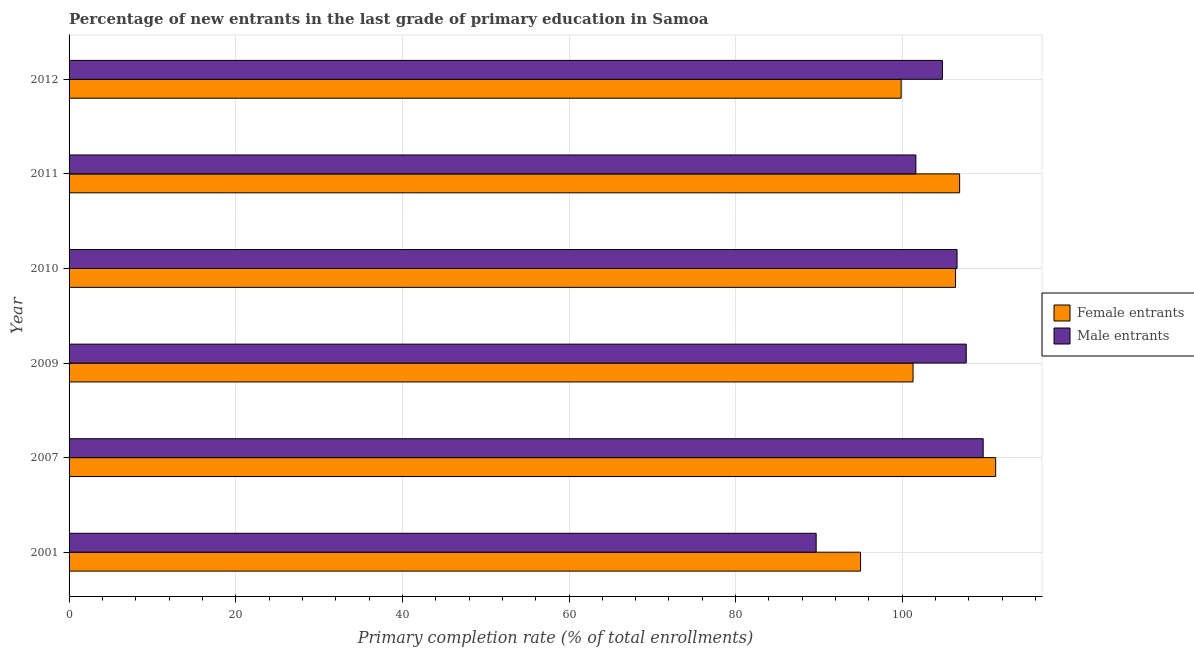
| Year | Female entrants | Male entrants |
 | --- | --- | --- |
 | 2001 | 95 | 89.7 |
 | 2007 | 111 | 110 |
 | 2009 | 101 | 108 |
 | 2010 | 106 | 107 |
 | 2011 | 107 | 102 |
 | 2012 | 99.9 | 105 |